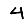
Digit: 4